Indian journal of veterinary science and animal husbandry - Volume 9,
Year: 1939
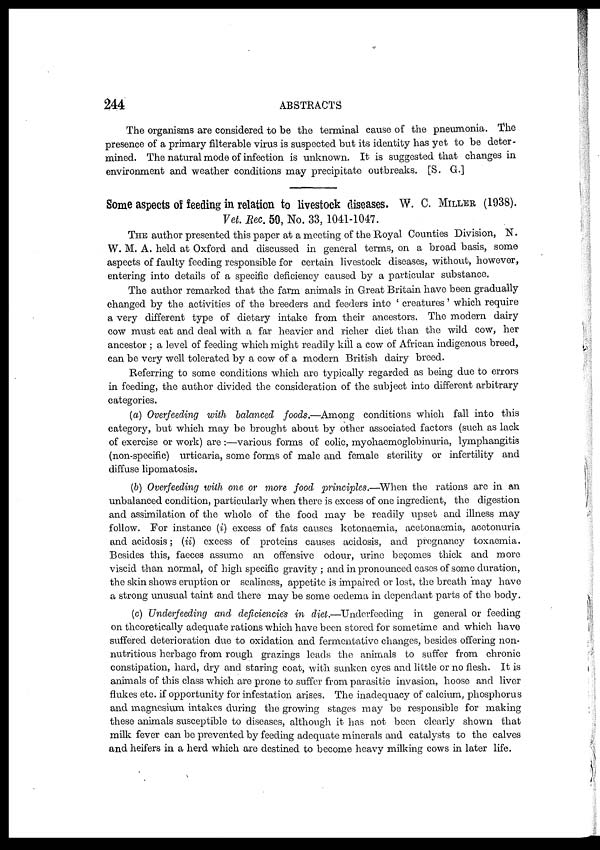
244
ABSTRACTS
The organisms are considered to be the terminal cause of the pneumonia. The
presence of a primary filterable virus is suspected but its identity has yet to be deter-
mined. The natural mode of infection is unknown. It is suggested that changes in
environment and weather conditions may precipitate outbreaks. [S. G.]
Some aspects of feeding in relation to livestock diseases. W. C. MILLER (1938).
Vet. Rec. 50, No. 33, 1041-1047.
THE author presented this paper at a meeting of the Royal Counties Division, N.
W. M. A. held at Oxford and discussed in general terms, on a broad basis, some
aspects of faulty feeding responsible for certain livestock diseases, without, however,
entering into details of a specific deficiency caused by a particular substance.
The author remarked that the farm animals in Great Britain have been gradually
changed by the activities of the breeders and feeders into ' creatures' which require
a very different type of dietary intake from their ancestors. The modern dairy
cow must eat and deal with a far heavier and richer diet than the wild cow, her
ancestor ; a level of feeding which might readily kill a cow of African indigenous breed,
can be very well tolerated by a cow of a modern British dairy breed.
Referring to some conditions which are typically regarded as being due to errors
in feeding, the author divided the consideration of the subject into different arbitrary
categories.
(a) Overfeeding with balanced foods.—Among conditions which fall into this
category, but which may be brought about by other associated factors (such as lack
of exercise or work) are :—various forms of colic, myohaemoglobinuria, lymphangitis
(non-specific) urticaria, some forms of male and female sterility or infertility and
diffuse lipomatosis.
(b) Overfeeding with one or more food principles.—When the rations are in an
unbalanced condition, particularly when there is excess of one ingredient, the digestion
and assimilation of the whole of the food may be readily upset and illness may
follow. For instance (i) excess of fats causes ketonaemia, acetonaemia, acetonuria
and acidosis; (ii) excess of proteins causes acidosis, and pregnancy toxaemia.
Besides this, faeces assume an offensive odour, urine becomes thick and more
viscid than normal, of high specific gravity ; and in pronounced cases of some duration,
the skin shows eruption or scaliness, appetite is impaired or lost, the breath may have
a strong unusual taint and there may be some oedema in dependant parts of the body.
(c) Underfeeding and deficiencies in diet.—Underfeeding
in general or feeding
on theoretically adequate rations which have been stored for sometime and which have
suffered deterioration due to oxidation and fermentative changes, besides offering non-
nutritious herbage from rough grazings leads the animals to suffer from chronic
constipation, hard, dry and staring coat, with sunken eyes and little or no flesh. It is
animals of this class which are prone to suffer from parasitic invasion, hoose and liver
flukes etc. if opportunity for infestation arises. The inadequacy of calcium, phosphorus
and magnesium intakes during the growing stages may be responsible for making
these animals susceptible to diseases, although it has not been clearly shown that
milk fever can be prevented by feeding adequate minerals and catalysts to the calves
and heifers in a herd which are destined to become heavy milking cows in later life.